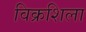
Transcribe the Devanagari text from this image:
विक्रशिला